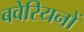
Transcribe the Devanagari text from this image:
बवेरियनों